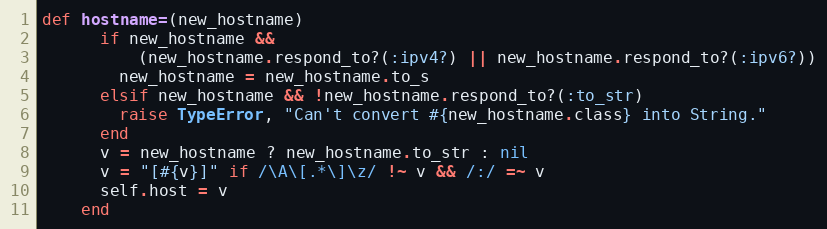
Language: Ruby
def hostname=(new_hostname)
      if new_hostname &&
          (new_hostname.respond_to?(:ipv4?) || new_hostname.respond_to?(:ipv6?))
        new_hostname = new_hostname.to_s
      elsif new_hostname && !new_hostname.respond_to?(:to_str)
        raise TypeError, "Can't convert #{new_hostname.class} into String."
      end
      v = new_hostname ? new_hostname.to_str : nil
      v = "[#{v}]" if /\A\[.*\]\z/ !~ v && /:/ =~ v
      self.host = v
    end